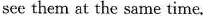
see them at the same time.